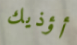
أؤذيك